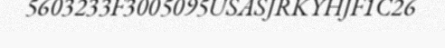
5603233F3005095USASJRKYHJF1C26